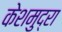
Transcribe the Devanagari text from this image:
केशमुद्रा